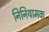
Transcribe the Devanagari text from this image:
निनियामक